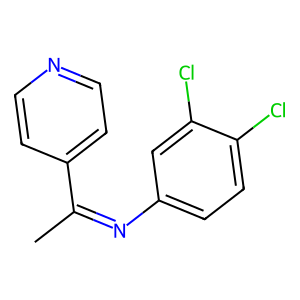
SMILES: CC(=Nc1ccc(Cl)c(Cl)c1)c1ccncc1
Inhibits HIV replication: No